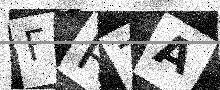
Text: FR7A